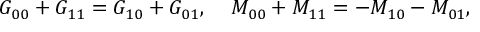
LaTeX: G _ { 0 0 } + G _ { 1 1 } = G _ { 1 0 } + G _ { 0 1 } , \; \; \; \; M _ { 0 0 } + M _ { 1 1 } = - M _ { 1 0 } - M _ { 0 1 } ,